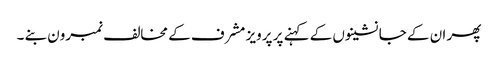
پھر ان کے جانشینوں کے کہنے پر پرویز مشرف کے مخالف نمبرون بنے ۔